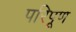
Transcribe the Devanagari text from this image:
परिपूण